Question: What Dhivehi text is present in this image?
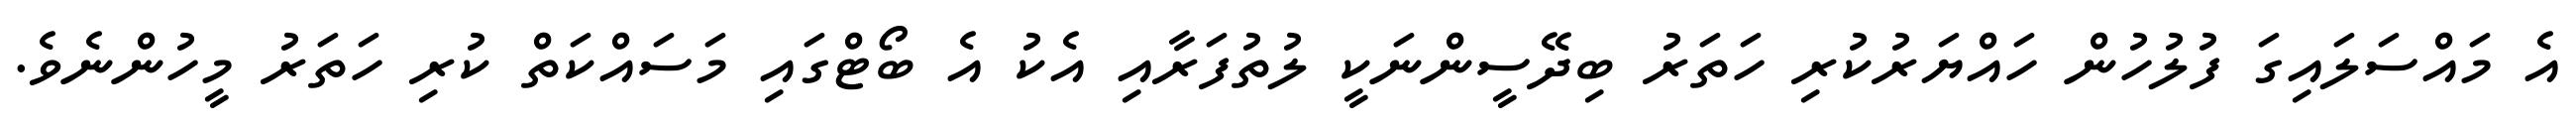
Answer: އެ މައްސަލައިގަ ފުލުހުން ހައްޔަރުކުރި ހަތަރު ބިދޭސީންނަކީ ލުތުފަރާއި އެކު އެ ބޯޓްގައި މަސައްކަތް ކުރި ހަތަރު މީހުންނެވެ.